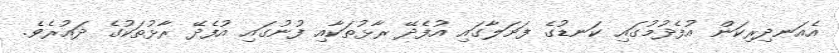
އެއަނދިރިކަން އުފެދުމުގައި ކަނޑުގެ ފަށަލާގައި އުފެދޭ ރާޅުތަކާއި ފުނުގައި އުފެދޭ ރާޅުތަކުގެ ދައުރެވެ.